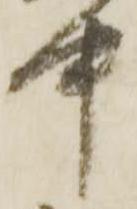
中